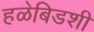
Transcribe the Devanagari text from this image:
हळेबिडशी